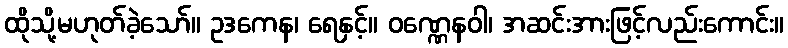
ထိုသို့မဟုတ်ခဲ့သော်။ ဥဒကေန၊ ရေနှင့်။ ဝဏ္ဏေနဝါ၊ အဆင်းအားဖြင့်လည်းကောင်း။